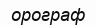
орограф